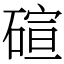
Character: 碹